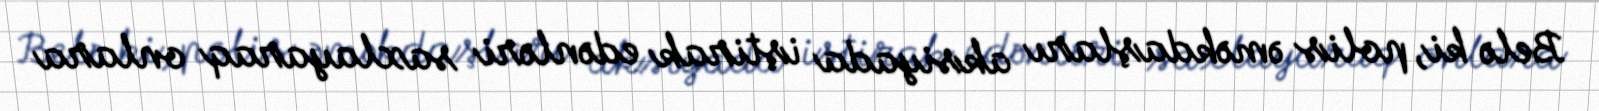
Belə ki, polis əməkdaşları aksiyada iştirak edənləri saxlayaraq onlara